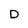
Character: D